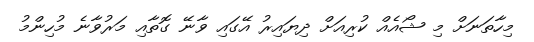
މިހާތަނަށް މި ޝޯއެއް ކުރިއަށް ދިޔައިރު އޭގައި ވާނޭ ގޮތާއި މަރުވާނެ މުހިންމު